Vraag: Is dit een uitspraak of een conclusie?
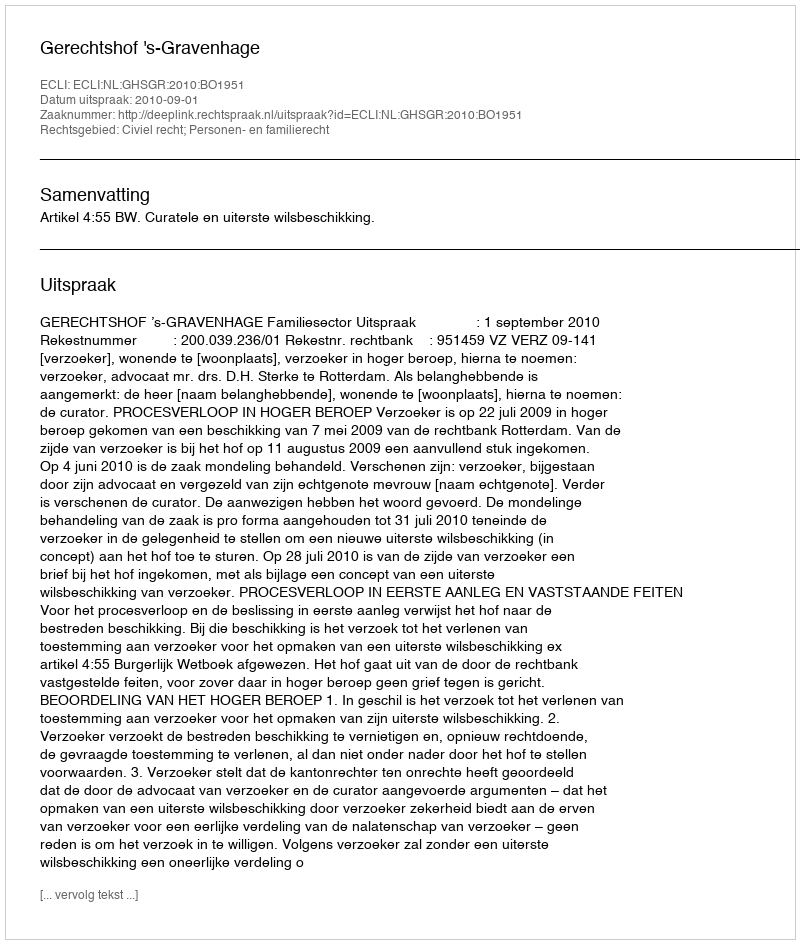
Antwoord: Uitspraak